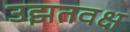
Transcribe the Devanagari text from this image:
उझतवक्ष